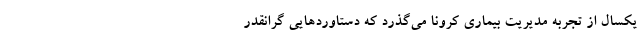
یکسال از تجربه مدیریت بیماری کرونا می­گذرد که دستاوردهایی گرانقدر